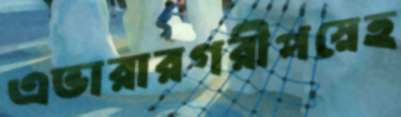
এভারারগরীপস্নেহ